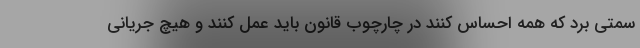
سمتی برد که همه احساس کنند در چارچوب قانون باید عمل کنند و هیچ جریانی